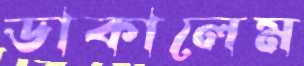
ডাকালেম